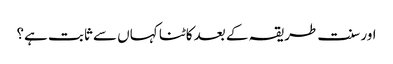
اور سنت طریقہ کے بعد کاٹنا کہاں سے ثابت ہے؟